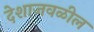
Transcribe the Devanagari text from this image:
देशाजवळील